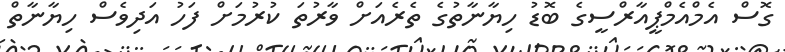
ގޮސް އެމްއެމްޕީއާރްސީގެ ބޮޑު ހިޔާނާތުގެ ތެރެއަށް ވާރުތަ ކުރުމަށް ފަހު އަދިވެސް ހިޔާނާތް